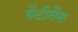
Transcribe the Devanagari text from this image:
मेंटीनैंस